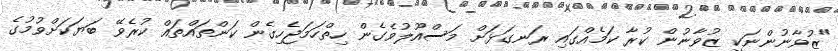
"ޒުވާނުންނަކީ ޒުވާނުން ކުރާ ކަމެއްގައި ރަނގަޅަށް މަސްއޫލުވެގެން ހިތްހަމަޖެހިގެން ކަންތައްތައް ކުރެވޭ ބަޔަކަށްވުމުގެ